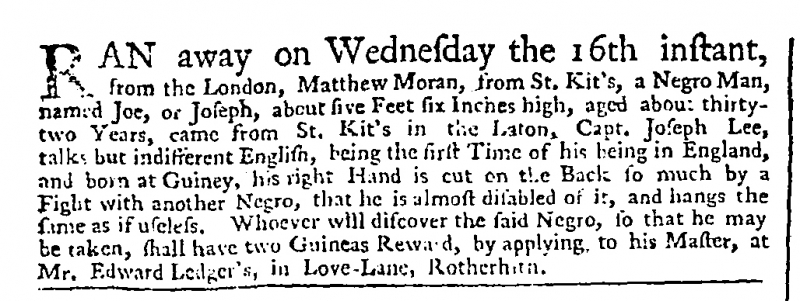
Daily Advertiser, 24 November 1757 (England)
RAN away on Wednesday the 16th instant, from the London, Matthew Moran, from St. Kit’s, a Negro Man, named Joe, or Joseph, about five Feet six Inches high, aged about thirty-two Years, came from St. Kit’s in the Laton, Capt. Joseph Lee, talks but indifferent English, being the first Time of his being in England, and born at Guiney, his right Hand is cut on the Back so much by a Fight with another Negro, that he is almost disabled of it, and hangs the same as if useless. Whoever will discover the said Negro, so that he may be taken, shall have two Guineas Reward, by applying to his Master, at Mr. Edward Ledger’s, in Love-Lane, Rotherhith.